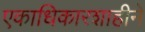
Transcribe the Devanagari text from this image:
एकाधिकारशाहीने